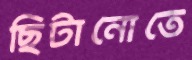
ছিটানোতে